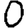
Digit: 0